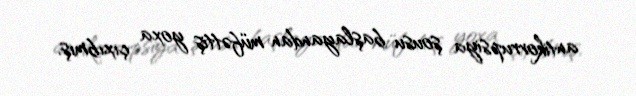
antikorrupsiya şousu başlayandan müfəttiş yoxa çıxıbmış.